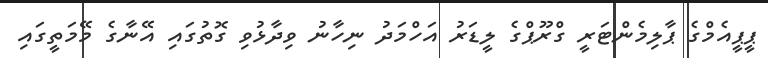
ޕީޕީއެމްގެ ޕާލިމެންޓަރީ ގްރޫޕްގެ ލީޑަރު އަހްމަދު ނިހާނު ވިދާޅުވި ގޮތުގައި އޭނާގެ މޭމަތީގައި